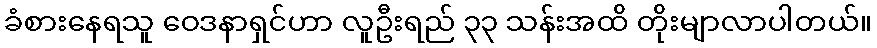
ခံစားနေရသူ ဝေဒနာရှင်ဟာ လူဦးရည် ၃၃ သန်းအထိ တိုးမျာလာပါတယ်။